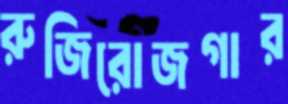
রুজিরোজগার